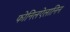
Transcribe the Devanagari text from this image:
फोनिलऐलानिन